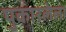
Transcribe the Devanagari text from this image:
पुकारलेला